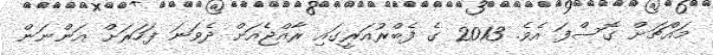
މައްޗަށް ގޮސްފަ އެވެ. 2013 ގެ ފެބްރުއަރީގައި ރާއްޖެއަށް ދެވަނަ ފަހަރަށް އަންނަން